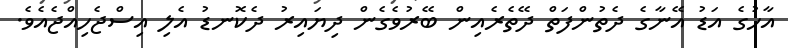
އާހުގެ އަޑު އޭނާގެ ދެތުންފަތް ދޭތެރެއިން ބޭރުވެގެން ދިޔައިރު ދެކޮނޑު އެލި އިސްޖެހިއްޖެއެވެ.